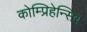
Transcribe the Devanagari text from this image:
कोम्प्रिहेन्सिव